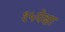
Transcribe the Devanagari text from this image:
१५पेक्षा